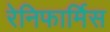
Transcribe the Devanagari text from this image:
रेनिफार्मिस